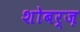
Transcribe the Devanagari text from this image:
शोबर्ज़